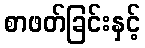
စာဖတ်ခြင်းနှင့်